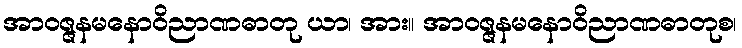
အာဝဇ္ဇနမနောဝိညာဏဓာတု ယာ၊ အား။ အာဝဇ္ဇနမနောဝိညာဏဓာတုစ၊